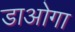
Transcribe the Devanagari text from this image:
डाओगा